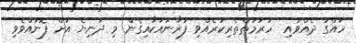
ހައްގު ދެއްވައި  ހުރުމަތްތެރިކުރެއްވި ފުރާނައަކާއިގެން މި ދުނިޔެ އަށް ފޮނުއްވެވި